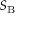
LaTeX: S _ { \mathrm { B } }